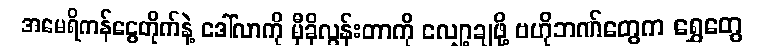
အမေရိကန်ငွေတိုက်နဲ့ ဒေါ်လာကို မှီခိုလွန်းတာကို လျှော့ချဖို့ ဗဟိုဘဏ်တွေက ရွှေတွေ